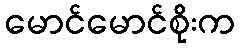
မောင်မောင်စိုးက